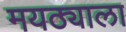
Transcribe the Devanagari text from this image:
मयठ्याला